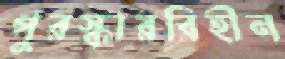
পুরস্কারবিহীন